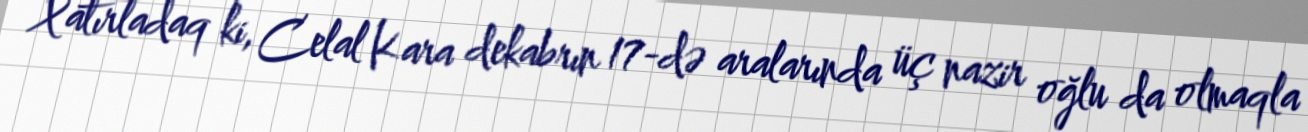
Xatırladaq ki, Celal Kara dekabrın 17-də aralarında üç nazir oğlu da olmaqla